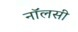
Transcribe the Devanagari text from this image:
नॉलसी